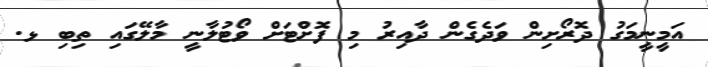
އަމީނީމަގު ދޮރޯށިން ވަދެގެން ދާއިރު މި ފޮށްޓަށް ވޯޓުލާނީ މާލޭގައި ތިބި ޅ.